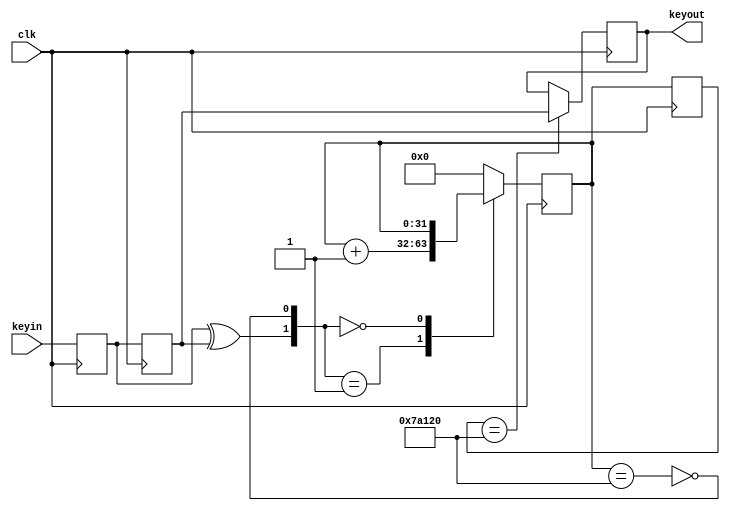
module debounce(
	input clk,
	input keyin,
	output  reg keyout
);

localparam th=50*10000; 

reg [31:0] q_reg;
reg [31:0] q_next;
wire key_reset;
wire key_add;
reg dif1;
reg dif2;

assign key_reset = dif1 ^ dif2;
assign key_add = ~(q_next == th);

always @(posedge clk)
begin
	case({key_reset,key_add})
	2'b01:q_next<=q_next+32'd1;
	2'b00:q_next<=q_next;
	default: q_next<=32'd0;
	endcase
end

always @(posedge clk)
begin
	q_reg<=q_next;
end

always @(posedge clk)
begin
	dif1<=keyin;
	dif2<=dif1;
end

always @(posedge clk)
begin
	if (q_reg==th)
		keyout<=dif2;
	else
		keyout<=keyout;
end

endmodule